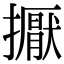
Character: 擫